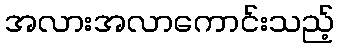
အလားအလာကောင်းသည့်